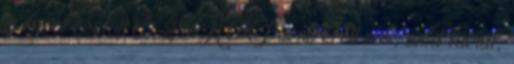
3 évvel ezelőtt 07:24 HellPorno érett nők, wild facial,